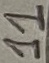
Text: 11